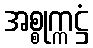
အစ္စုက္ကဋ္ဌံ